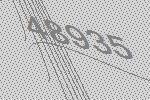
48935